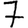
Digit: 7